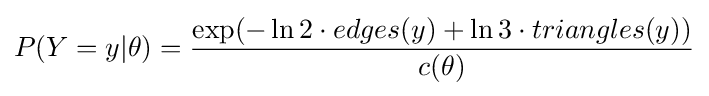
P(Y=y|\theta )={\frac {\exp(-\ln 2\cdot edges(y)+\ln 3\cdot triangles(y))}{c(\theta )}}